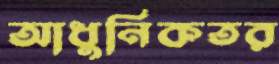
আধুনিকতর